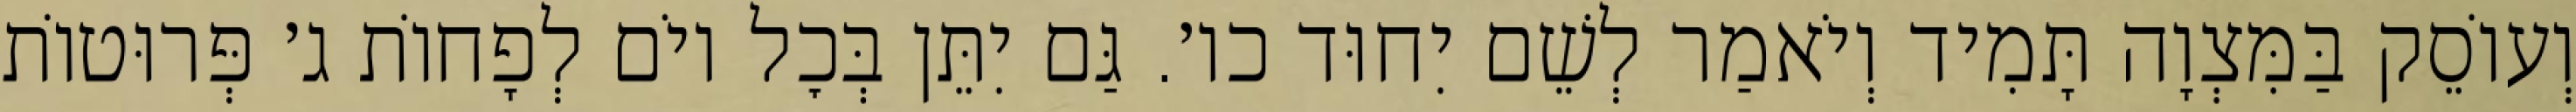
וְעוֹסֵק בַּמִּצְוָה תָּמִיד וְיֹאמַר לְשֵׁם יִחוּד כו׳. גַּם יִתֵּן בְּכׇל יוֹם לְפָחוֹת ג׳ פְּרוּטוֹת